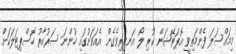
މިމައްސަލަ ފެންމަތިވީ އޮޕަރޭޝަން ކުރި ލޯ އަނދިރިވެގެން އެއަވަށުގައި ހުންނަ ސަރުކާރު ހޮސްޕިޓަލަކަށް